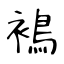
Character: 𧜣